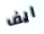
ايف